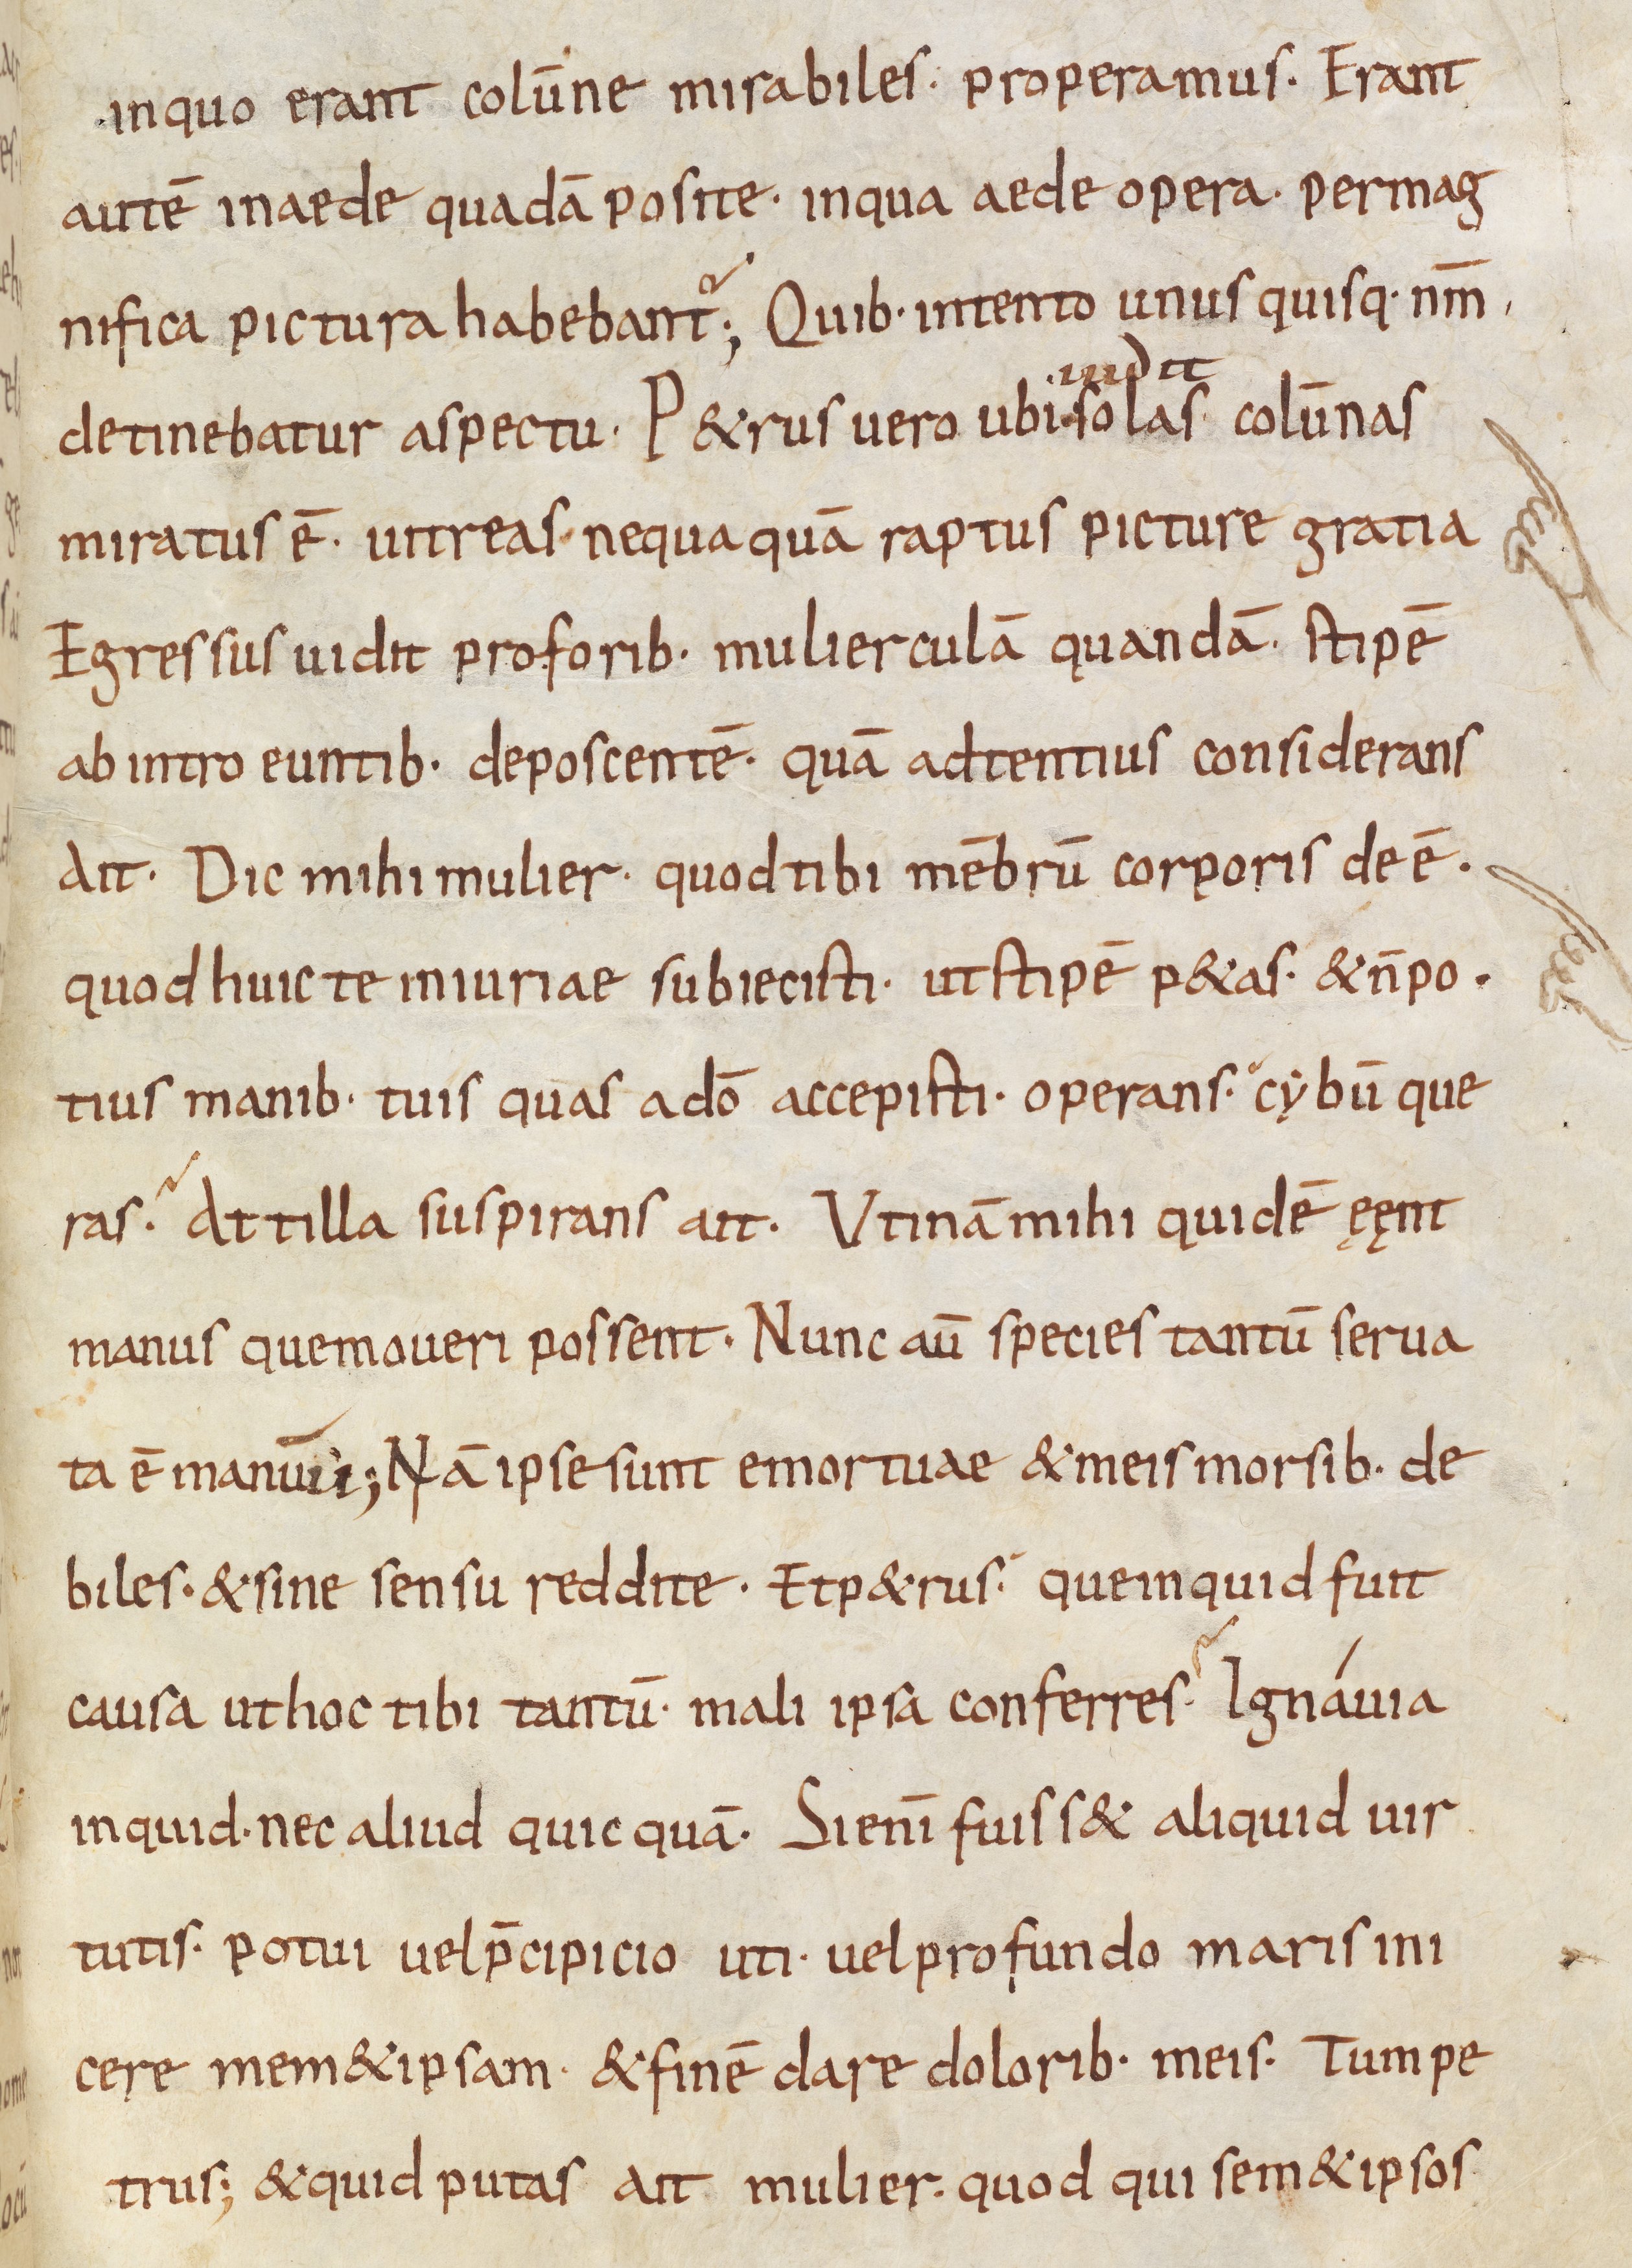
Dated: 835–865